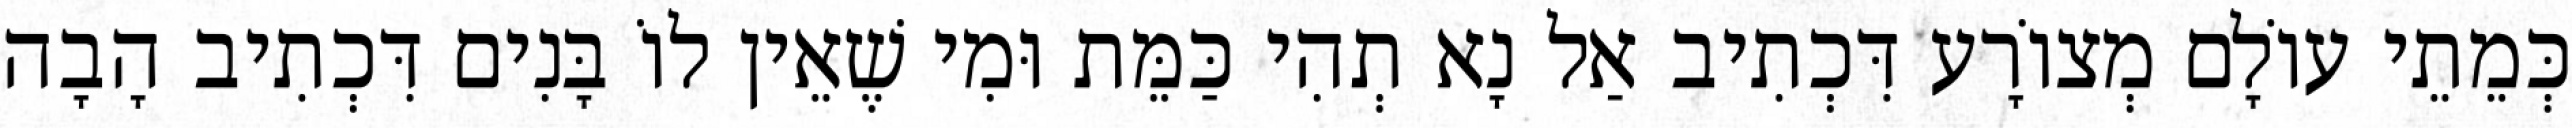
כְּמֵתֵי עוֹלָם מְצוֹרָע דִּכְתִיב אַל נָא תְהִי כַּמֵּת וּמִי שֶׁאֵין לוֹ בָּנִים דִּכְתִיב הָבָה